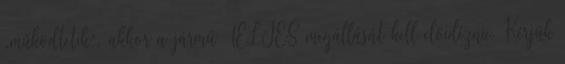
„működtetik”, akkor a jármű TELJES megállását kell előidéznie. Kérjük